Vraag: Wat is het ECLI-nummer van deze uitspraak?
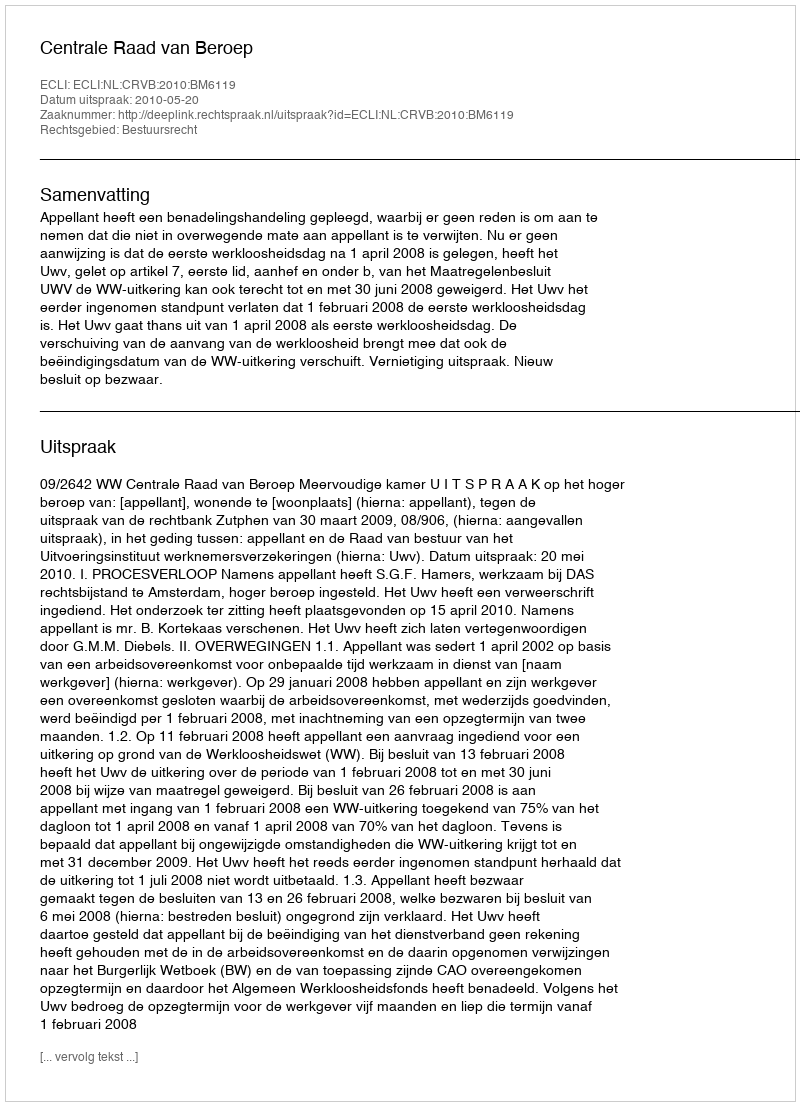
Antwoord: ECLI:NL:CRVB:2010:BM6119